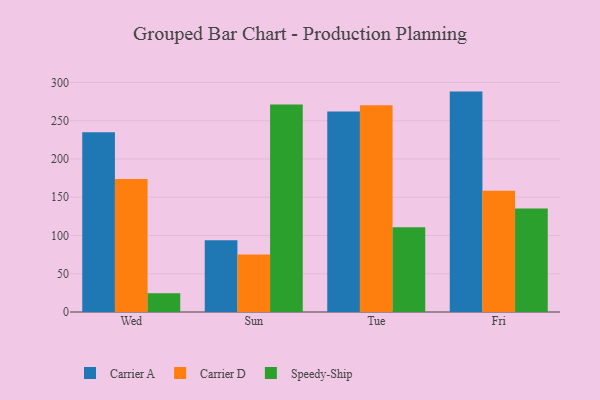
{"axis": {"x": "Day", "y": "Population (Million)"}, "legend": ["Carrier A", "Carrier D", "Speedy-Ship"], "data": [{"x": "Wed", "y": 234.8, "type": "Carrier A"}, {"x": "Wed", "y": 173.9, "type": "Carrier D"}, {"x": "Wed", "y": 24.5, "type": "Speedy-Ship"}, {"x": "Sun", "y": 93.9, "type": "Carrier A"}, {"x": "Sun", "y": 75.1, "type": "Carrier D"}, {"x": "Sun", "y": 271.3, "type": "Speedy-Ship"}, {"x": "Tue", "y": 262.0, "type": "Carrier A"}, {"x": "Tue", "y": 270.0, "type": "Carrier D"}, {"x": "Tue", "y": 110.7, "type": "Speedy-Ship"}, {"x": "Fri", "y": 288.0, "type": "Carrier A"}, {"x": "Fri", "y": 158.4, "type": "Carrier D"}, {"x": "Fri", "y": 135.4, "type": "Speedy-Ship"}]}